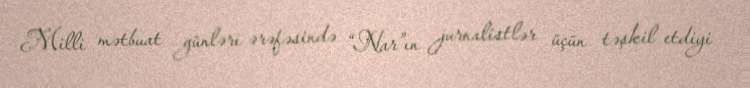
Milli mətbuat günləri ərəfəsində “Nar”ın jurnalistlər üçün təşkil etdiyi